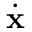
\dot { \mathbf { x } }